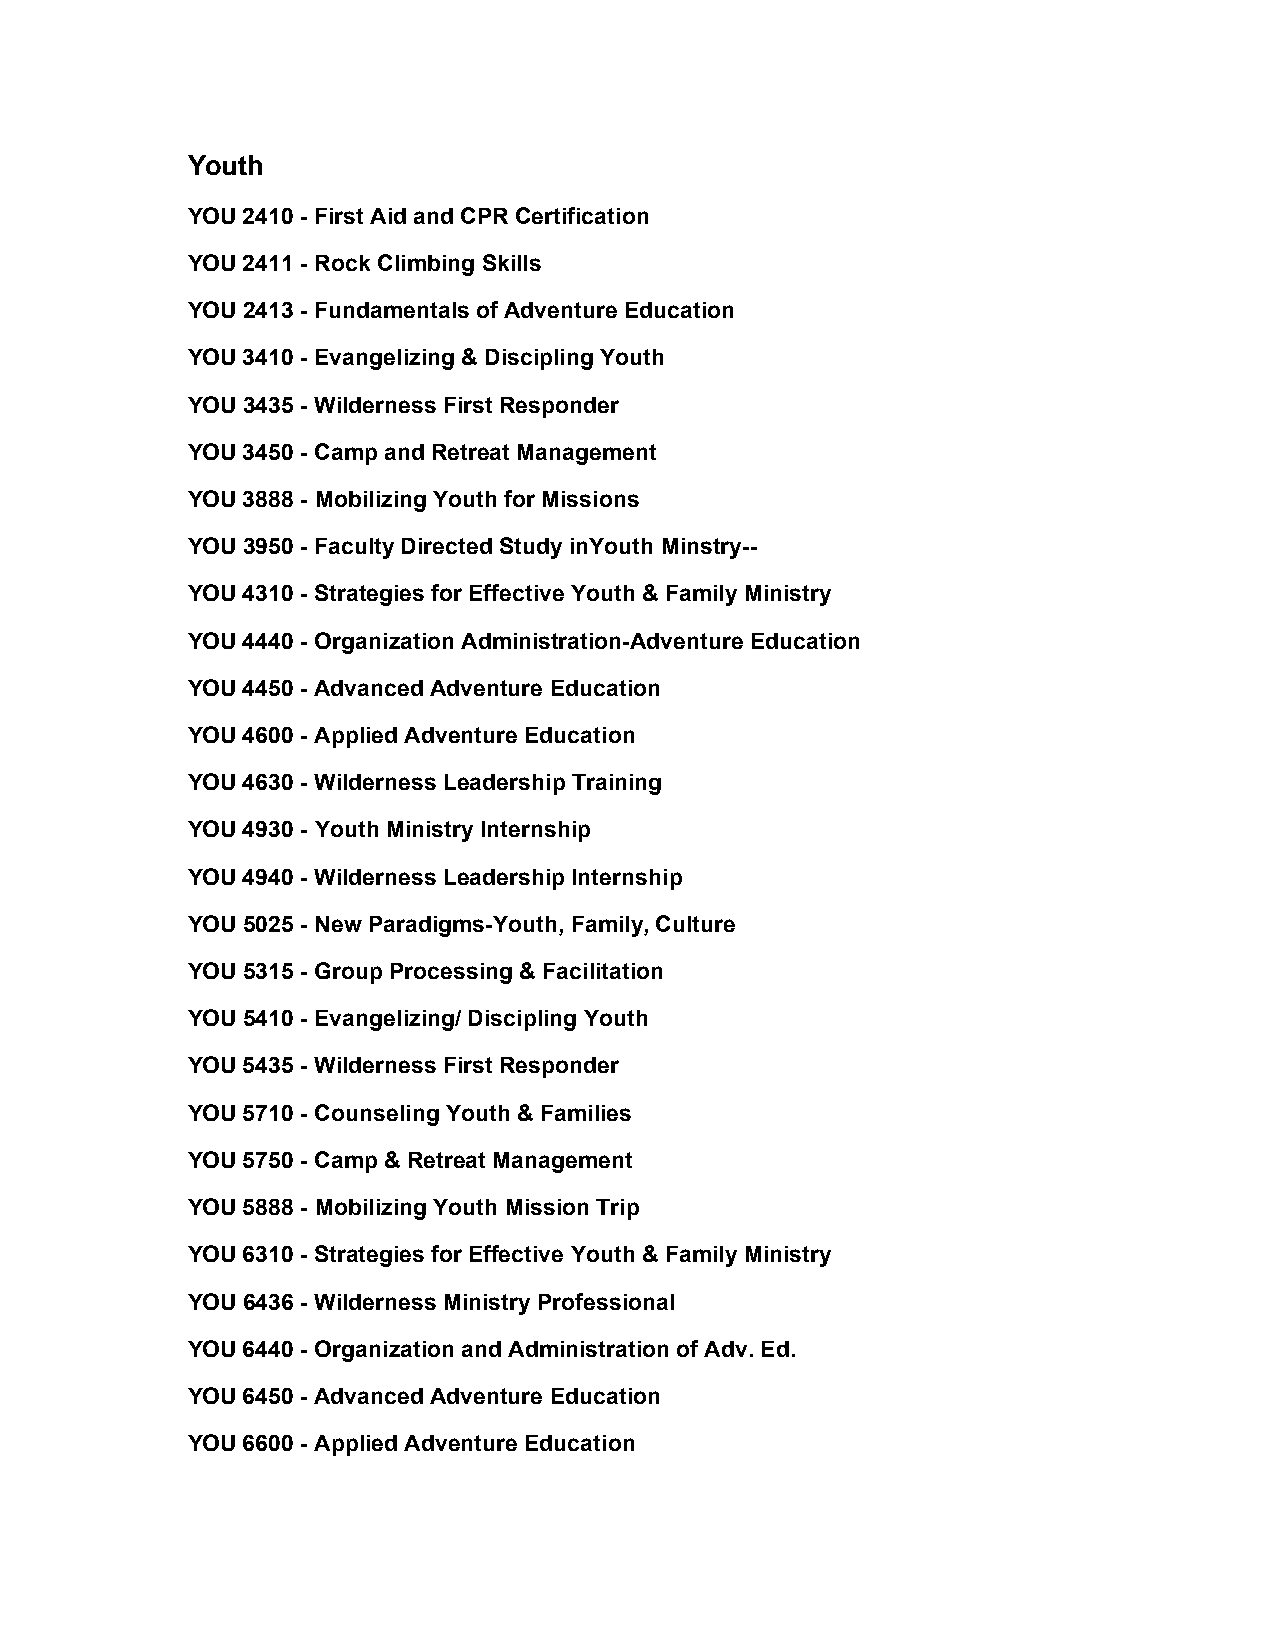
Youth
 YOU 2410 - First Aid and CPR Certification
 YOU 2411 - Rock Climbing Skills
 YOU 2413 - Fundamentals of Adventure Education
 YOU 3410 - Evangelizing & Discipling Youth
 YOU 3435 - Wilderness First Responder
 YOU 3450 - Camp and Retreat Management
 YOU 3888 - Mobilizing Youth for Missions
 YOU 3950 - Faculty Directed Study inYouth Minstry--
 YOU 4310 - Strategies for Effective Youth & Family Ministry
 YOU 4440 - Organization Administration-Adventure Education
 YOU 4450 - Advanced Adventure Education
 YOU 4600 - Applied Adventure Education
 YOU 4630 - Wilderness Leadership Training
 YOU 4930 - Youth Ministry Internship
 YOU 4940 - Wilderness Leadership Internship
 YOU 5025 - New Paradigms-Youth, Family, Culture
 YOU 5315 - Group Processing & Facilitation
 YOU 5410 - Evangelizing/ Discipling Youth
 YOU 5435 - Wilderness First Responder
 YOU 5710 - Counseling Youth & Families
 YOU 5750 - Camp & Retreat Management
 YOU 5888 - Mobilizing Youth Mission Trip
 YOU 6310 - Strategies for Effective Youth & Family Ministry
 YOU 6436 - Wilderness Ministry Professional
 YOU 6440 - Organization and Administration of Adv. Ed.
 YOU 6450 - Advanced Adventure Education
 YOU 6600 - Applied Adventure Education